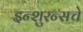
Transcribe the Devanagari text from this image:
इन्‍शुरन्‍सचे